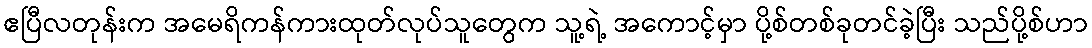
ဧပြီလတုန်းက အမေရိကန်ကားထုတ်လုပ်သူတွေက သူ့ရဲ့ အကောင့်မှာ ပို့စ်တစ်ခုတင်ခဲ့ပြီး သည်ပို့စ်ဟာ